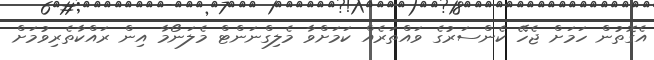
އެގޮތުން ހަމަށް ޖެހޭ ކެންސަރުގެ ވައްތަރެއް ކަމަށްވާ މެލިގްނަންޓް މެލަނޯމާ އިން ރައްކާތެރިވުމަށް